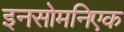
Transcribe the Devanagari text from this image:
इनसोमनिएक